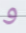
و